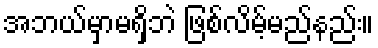
အဘယ်မှာမရှိဘဲ ဖြစ်လိမ့်မည်နည်း။